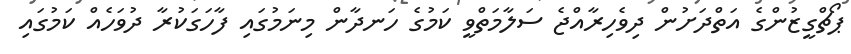
ޕޯޗްގީޒުންގެ އަތްދަށުން ދިވެހިރާއްޖެ ސަލާމަތްވީ ކަމުގެ ހަނދާން މިނަމުގައި ފާހަގަކުރާ ދުވަހެއް ކަމުގައި